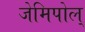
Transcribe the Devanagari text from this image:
जेमिपोल्